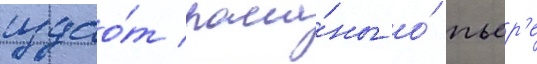
издао́т рома́ны о́ пьер'е